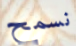
نسمح